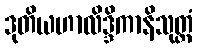
ဒုတိယဟာလိဒ္ဒိကာနိသုတ္တံ